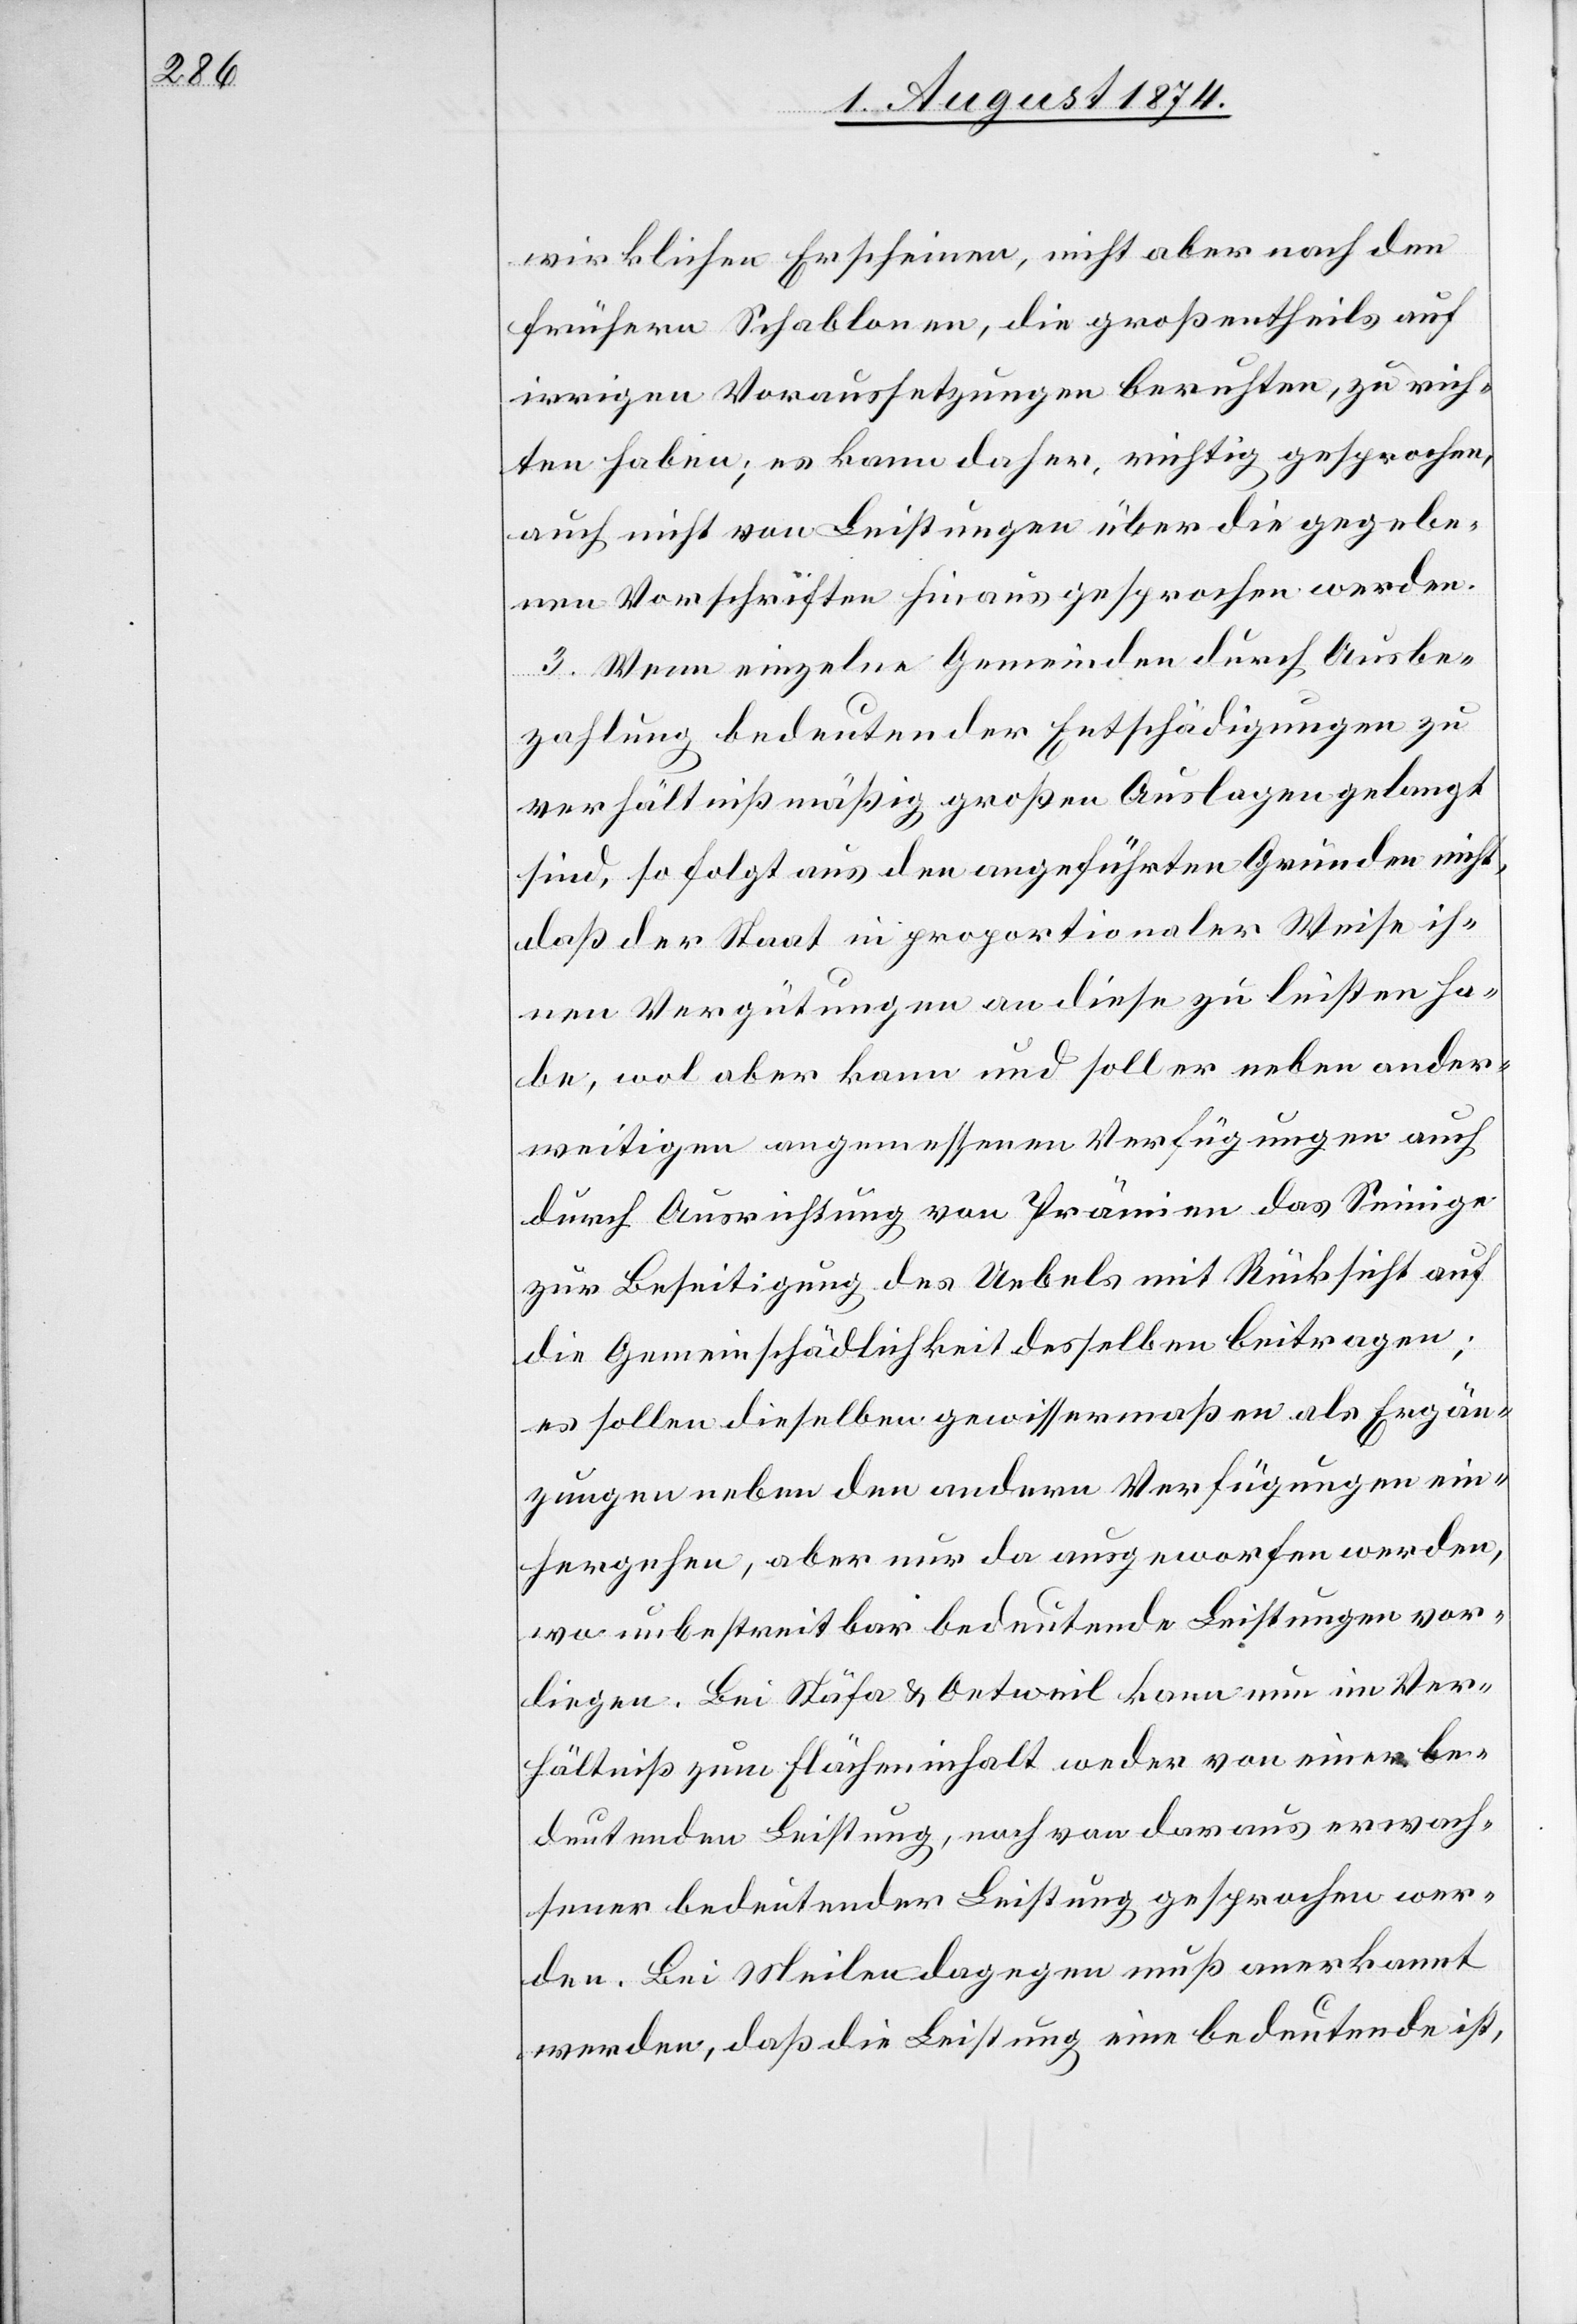
wirklichen Erscheinen, nicht aber nach den
frühern Schablonen, die großentheils auf
irrigen Voraussetzungen beruhten, zu rich¬
ten haben; es kann daher, richtig gesprochen,
auch nicht von Leistungen über die gegebe¬
nen Vorschriften hinaus gesprochen werden.
3. Wenn einzelne Gemeinden durch Ausbe¬
zahlung bedeutender Entschädigungen zu
verhältnißmäßig großen Auslagen gelangt
sind, so folgt aus den angeführten Gründen nicht,
daß der Staat in proportionaler Weise ih¬
nen Vergütungen an diese zu leisten ha¬
be, wol aber kann und soll er neben ander¬
weitigen angemessenen Verfügungen auch
durch Ausrichtung von Prämien das Seinige
zur Beseitigung des Uebels mit Rücksicht auf
die Gemeinschädlichkeit desselben beitragen;
es sollen dieselben gewissermaßen als Ergän¬
zungen neben den andern Verfügungen ein¬
hergehen, aber nur da ausgeworfen werden,
wo unbestreitbar bedeutende Leistungen vor¬
liegen. Bei Stäfa u. Oetweil kann nun im Ver¬
hältniß zum Flächeninhalt weder von einer be¬
deutenden Leistung, noch von daraus erwach¬
sener bedeutender Leistung gesprochen wer¬
den. Bei Meilen dagegen muß anerkannt
werden, daß die Leistung eine bedeutende ist,